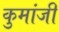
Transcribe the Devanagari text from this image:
कुमांजी